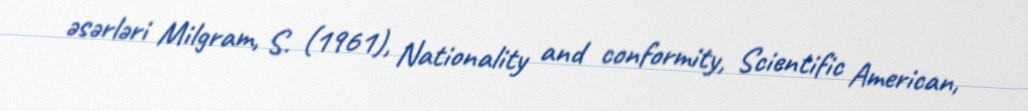
əsərləri Milgram, S. (1961), Nationality and conformity, Scientific American,